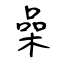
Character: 喿